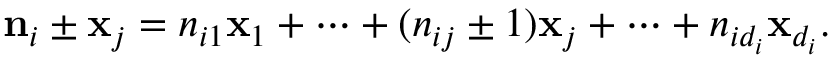
{ \bf n } _ { i } \pm { \bf x } _ { j } = n _ { i 1 } { \bf x } _ { 1 } + \cdots + ( n _ { i j } \pm 1 ) { \bf x } _ { j } + \cdots + n _ { i d _ { i } } { \bf x } _ { d _ { i } } .